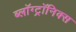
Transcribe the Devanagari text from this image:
ब्लॉग्ट्रॉनिक्स